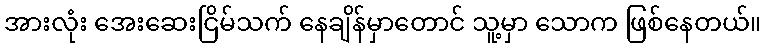
အားလုံး အေးဆေးငြိမ်သက် နေချိန်မှာတောင် သူ့မှာ သောက ဖြစ်နေတယ်။